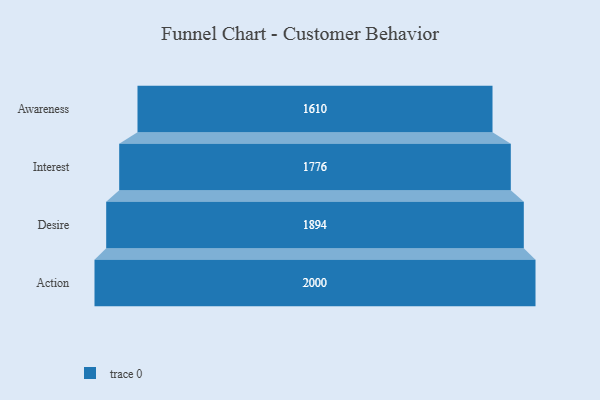
{"axis": {"x": "Stage", "y": "Value"}, "legend": [""], "data": [{"x": "Awareness", "y": 1610.0, "type": ""}, {"x": "Interest", "y": 1776.0, "type": ""}, {"x": "Desire", "y": 1894.0, "type": ""}, {"x": "Action", "y": 2000, "type": ""}]}